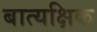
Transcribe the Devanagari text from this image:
बात्यक्षिक